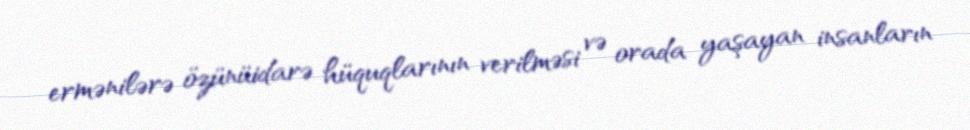
ermənilərə özünüidarə hüquqlarının verilməsi və orada yaşayan insanların